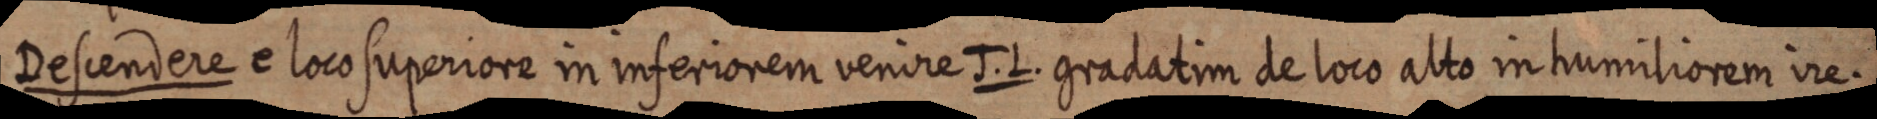
Descendere e loco superiore in inferiorem venire J. L. gradatim de loco alto in humiliorem ire.